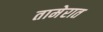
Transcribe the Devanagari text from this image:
तामेरात